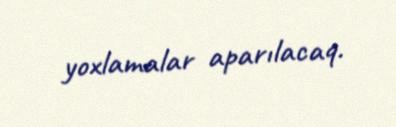
yoxlamalar aparılacaq.